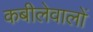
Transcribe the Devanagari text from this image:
कबीलेवालों